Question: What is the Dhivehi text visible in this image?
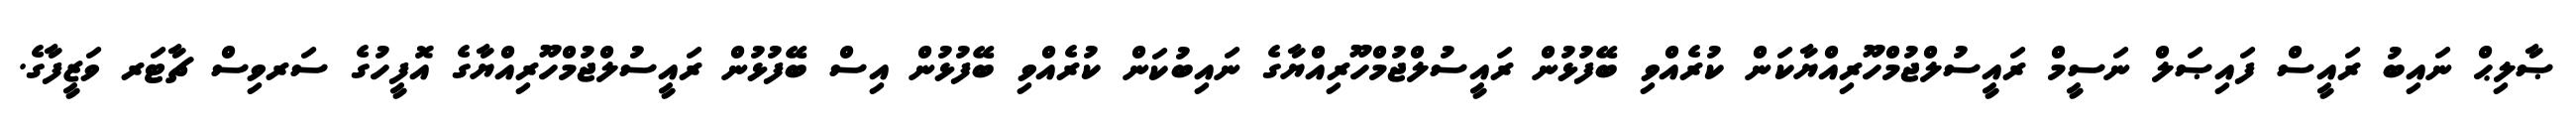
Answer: ޞާލިޙް ނައިބު ރައީސް ފައިޞަލް ނަސީމް ރައީސުލްޖުމްހޫރިއްޔާކަން ކުރެއްވި ބޭފުޅުން ރައީސުލްޖުމްހޫރިއްޔާގެ ނައިބުކަން ކުރެއްވި ބޭފުޅުން އިސް ބޭފުޅުން ރައީސުލްޖުމްހޫރިއްޔާގެ އޮފީހުގެ ސަރވިސް ޗާޓަރ ވަޒީފާގެ.